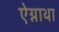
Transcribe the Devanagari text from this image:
ऐग्नाथा